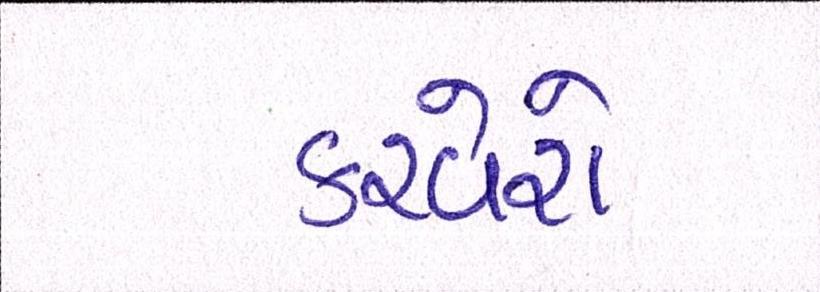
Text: કરવેરો